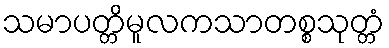
သမာပတ္တိမူလကသာတစ္စသုတ္တံ